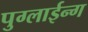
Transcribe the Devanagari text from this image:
पुग्लाईन्ग